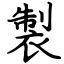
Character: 製